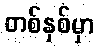
တစ်နှစ်မှာ